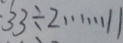
3 3 \div 2 \cdots 1 1